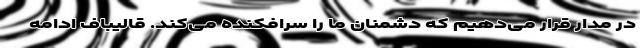
در مدار قرار می‌دهیم که دشمنان ما را سرافکنده می‌کند. قالیباف ادامه